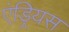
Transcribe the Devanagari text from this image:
एंड्रियस